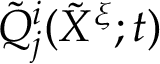
\tilde { Q } _ { j } ^ { i } ( \tilde { X } ^ { \xi } ; t )